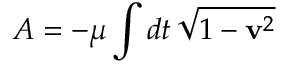
{ \cal A } = - \mu \int d t \, \sqrt { 1 - { \bf v } ^ { 2 } }